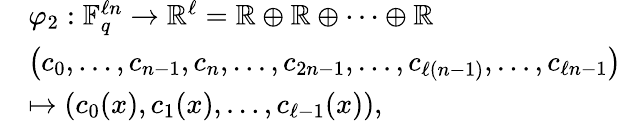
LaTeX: \begin{array}{rl}&{\varphi_{2}:\mathbb{F}_{q}^{\ell n}\rightarrow\mathbb{R}^{\ell}=\mathbb{R}\oplus\mathbb{R}\oplus\dots\oplus\mathbb{R}}\\ &{\left(c_{0},\ldots,c_{n-1},c_{n},\ldots,c_{2n-1},\ldots,c_{\ell(n-1)},\ldots,c_{\ell n-1}\right)}\\ &{\mapsto\left(c_{0}(x),c_{1}(x),\ldots,c_{\ell-1}(x)\right),}\end{array}